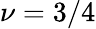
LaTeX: \nu=3/4